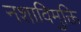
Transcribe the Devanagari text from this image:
नशाविमुक्ति